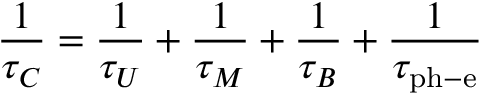
{ \frac { 1 } { \tau _ { C } } } = { \frac { 1 } { \tau _ { U } } } + { \frac { 1 } { \tau _ { M } } } + { \frac { 1 } { \tau _ { B } } } + { \frac { 1 } { \tau _ { \mathrm { p h - e } } } }